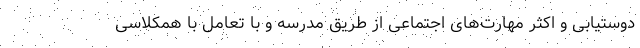
دوستیابی و اکثر مهارت‌های اجتماعی از طریق مدرسه و با تعامل با همکلاسی